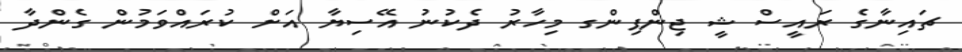
ޗައިނާގެ ރައީސް ޝީ ޖިންޕިންގ މިހާރު ދެކުނު އޭސިޔާ އަށް ކުރައްވަމުން ގެންދާ